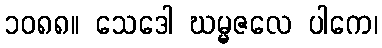
၁၀၈၈။ သေဒေါ ဃမ္မဇလေ ပါကေ၊